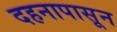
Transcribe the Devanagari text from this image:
दहनापासून